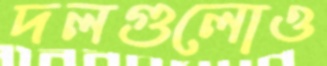
দলগুলোও